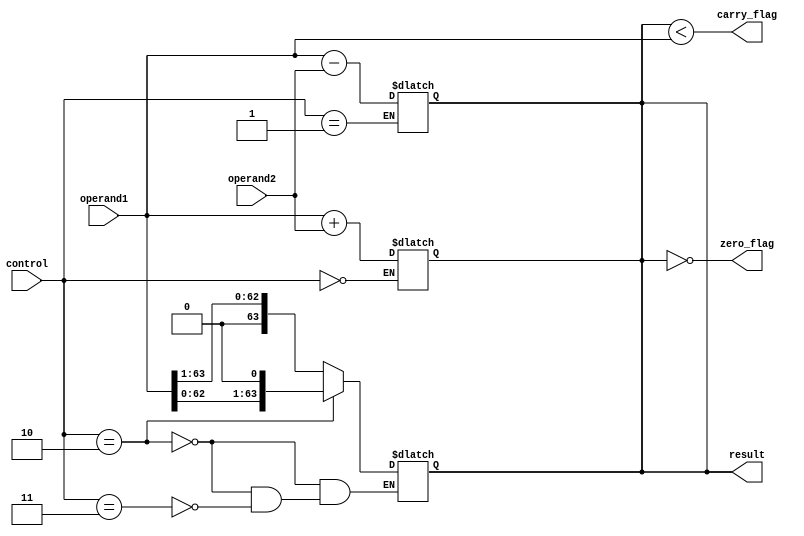
module ALU (
  input [63:0] operand1,
  input [63:0] operand2,
  input [2:0] control,
  output reg [63:0] result,
  output reg zero_flag,
  output reg carry_flag
);

// Adder block
always @*
begin
  if(control == 3'b000) // Addition
    result = operand1 + operand2;
end

// Subtractor block
always @*
begin
  if(control == 3'b001) // Subtraction
    result = operand1 - operand2;
end

// Shifter block
always @*
begin
  if(control == 3'b010) // Left shift
    result = operand1 << 1;
  else if(control == 3'b011) // Right shift
    result = operand1 >> 1;
end

// Zero flag
always @*
begin
  zero_flag = (result == 0);
end

// Carry flag
always @*
begin
  carry_flag = (result < operand1);
end

endmodule